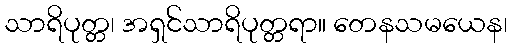
သာရိပုတ္တ၊ အရှင်သာရိပုတ္တရာ။ တေနသမယေန၊